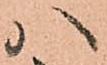
ハ